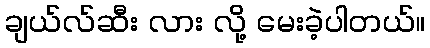
ချယ်လ်ဆီး လား လို့ မေးခဲ့ပါတယ်။